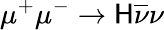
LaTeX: \mu^{+}\mu^{-}\to\mathsf{H}\overline{{{\nu}}}\nu